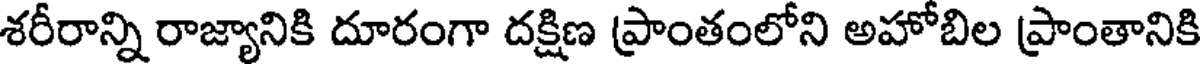
శరీరాన్ని రాజ్యానికి దూరంగా దక్షిణ ప్రాంతంలోని అహోబిల ప్రాంతానికి